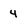
Character: 4